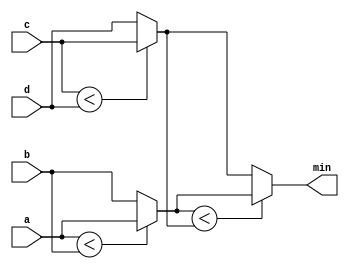
module top_module (
    input [7:0] a, b, c, d,
    output [7:0] min);//

    // assign intermediate_result1 = compare? true: false;
    wire [7:0] e;
    wire [7:0] f;
    
    assign e = (a<b) ? a : b;
    assign f = (c<d) ? c : d;
    
    assign min = (e<f) ? e : f;

endmodule